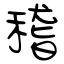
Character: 稽